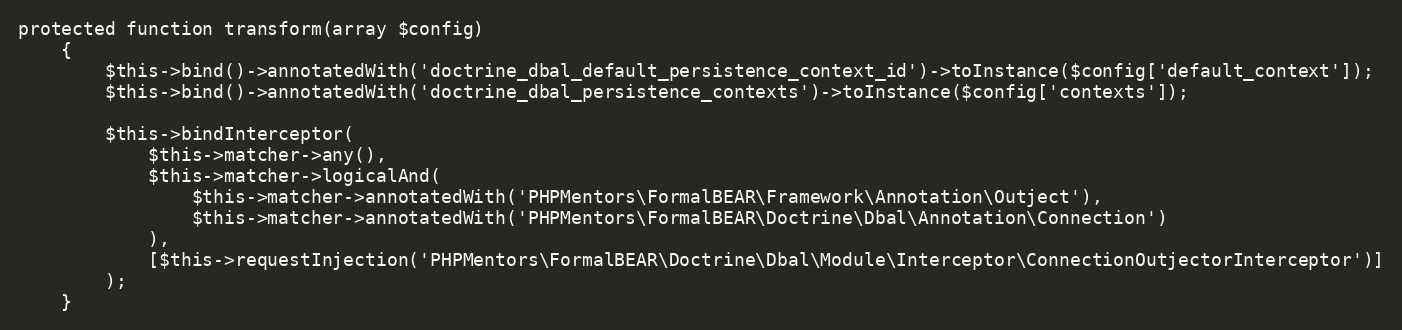
Language: PHP
protected function transform(array $config)
    {
        $this->bind()->annotatedWith('doctrine_dbal_default_persistence_context_id')->toInstance($config['default_context']);
        $this->bind()->annotatedWith('doctrine_dbal_persistence_contexts')->toInstance($config['contexts']);

        $this->bindInterceptor(
            $this->matcher->any(),
            $this->matcher->logicalAnd(
                $this->matcher->annotatedWith('PHPMentors\FormalBEAR\Framework\Annotation\Outject'),
                $this->matcher->annotatedWith('PHPMentors\FormalBEAR\Doctrine\Dbal\Annotation\Connection')
            ),
            [$this->requestInjection('PHPMentors\FormalBEAR\Doctrine\Dbal\Module\Interceptor\ConnectionOutjectorInterceptor')]
        );
    }